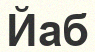
Йаб